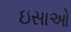
ઇસાઓ